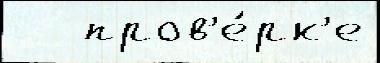
   пров'е́рк'е